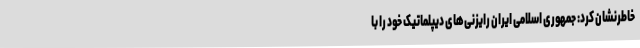
خاطرنشان کرد: جمهوری اسلامی ایران رایزنی‌های دیپلماتیک خود را با